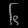
Digit: ၆